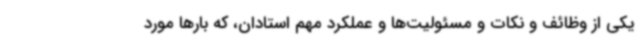
یکی از وظائف و نکات و مسئولیت‌ها و عملکرد مهم استادان، که بارها مورد